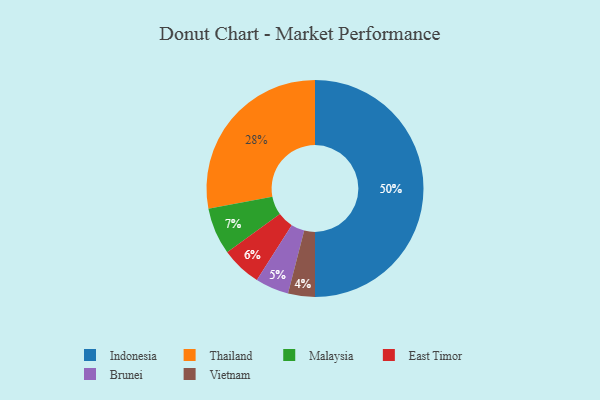
{"axis": {"x": "Category", "y": "Percentage"}, "legend": ["Brunei", "East Timor", "Indonesia", "Malaysia", "Thailand", "Vietnam"], "data": [{"x": "Brunei", "y": 5, "type": "Brunei"}, {"x": "Malaysia", "y": 7, "type": "Malaysia"}, {"x": "Thailand", "y": 28, "type": "Thailand"}, {"x": "Indonesia", "y": 50, "type": "Indonesia"}, {"x": "Vietnam", "y": 4, "type": "Vietnam"}, {"x": "East Timor", "y": 6, "type": "East Timor"}]}